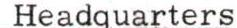
Headquarters